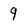
Character: 9